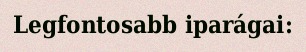
Legfontosabb iparágai: